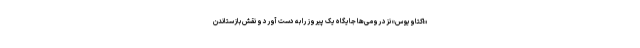
«اکتاویوس» نزد رومی‌ها جایگاه یک پیروز را به دست آورد و نقش بازستاندن